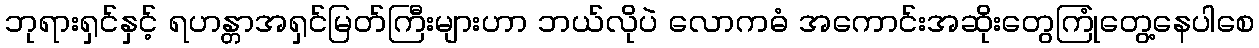
ဘုရားရှင်နှင့် ရဟန္တာအရှင်မြတ်ကြီးများဟာ ဘယ်လိုပဲ လောကဓံ အကောင်းအဆိုးတွေကြုံတွေ့နေပါစေ